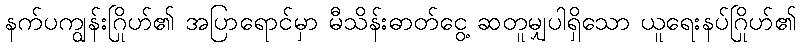
နက်ပကျွန်းဂြိုဟ်၏ အပြာရောင်မှာ မီသိန်းဓာတ်ငွေ့ ဆတူမျှပါရှိသော ယူရေးနပ်ဂြိုဟ်၏